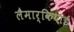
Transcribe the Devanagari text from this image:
लैमार्कियाई